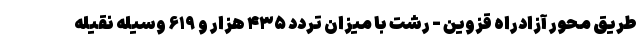
طریق محور آزادراه قزوین - رشت با میزان تردد ۴۳۵ هزار و ۶۱۹ وسیله نقیله